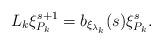
LaTeX: \begin{align*}L_k \xi_{P_k}^{s+1} = b_{\xi_{\lambda_k}}(s) \xi_{P_k}^s.\end{align*}